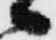
々